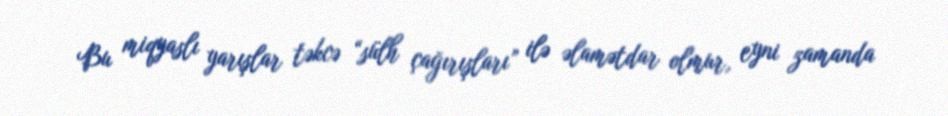
Bu miqyaslı yarışlar təkcə “sülh çağırışları” ilə əlamətdar olmur, eyni zamanda